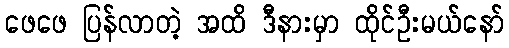
ဖေဖေ ပြန်လာတဲ့ အထိ ဒီနားမှာ ထိုင်ဦးမယ်နော်